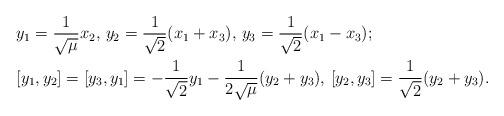
LaTeX: \begin{align*} &y_1=\frac{1}{\sqrt{\mu}}x_2, \, y_2=\frac{1}{\sqrt{2}}(x_1+x_3), \, y_3=\frac{1}{\sqrt{2}}(x_1-x_3);\\ &[y_1,y_2]=[y_3,y_1]=-\frac{1}{\sqrt{2}}y_1-\frac{1}{2\sqrt{\mu}}(y_2+y_3), \, [y_2,y_3]=\frac{1}{\sqrt{2}}(y_2+y_3).\end{align*}